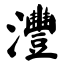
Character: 灃